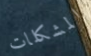
المشكلات